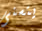
يتسنى